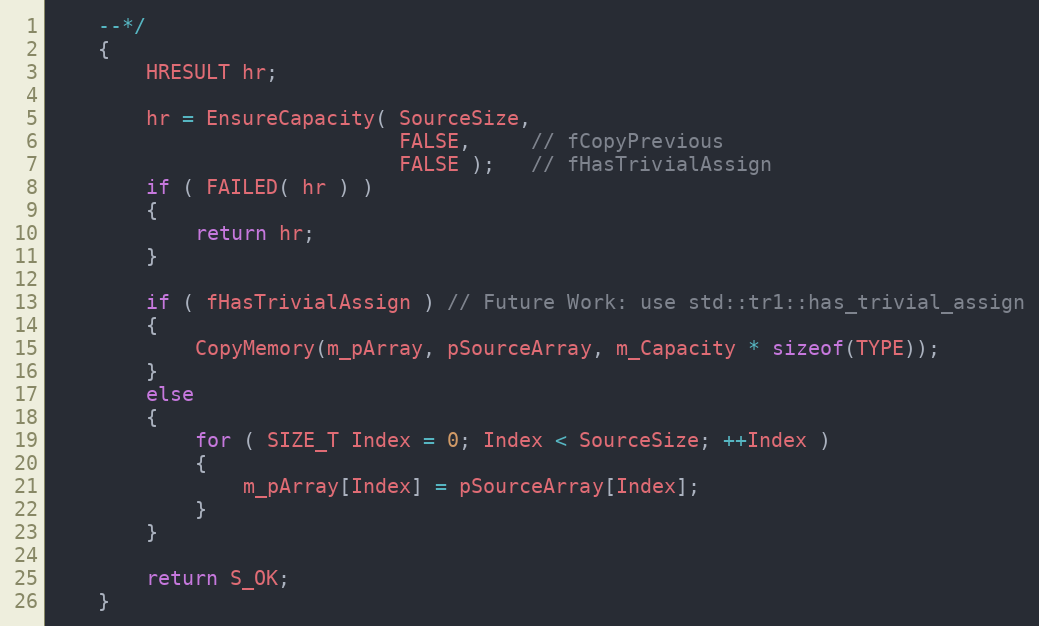
Language: C
    --*/
    {
        HRESULT hr;

        hr = EnsureCapacity( SourceSize,
                             FALSE,     // fCopyPrevious
                             FALSE );   // fHasTrivialAssign
        if ( FAILED( hr ) )
        {
            return hr;
        }

        if ( fHasTrivialAssign ) // Future Work: use std::tr1::has_trivial_assign
        {
            CopyMemory(m_pArray, pSourceArray, m_Capacity * sizeof(TYPE));
        }
        else
        {
            for ( SIZE_T Index = 0; Index < SourceSize; ++Index )
            {
                m_pArray[Index] = pSourceArray[Index];
            }
        }

        return S_OK;
    }